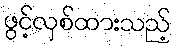
ဖွင့်လှစ်ထားသည့်